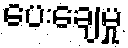
ပေးချေမှု